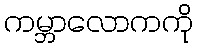
ကမ္ဘာလောကကို